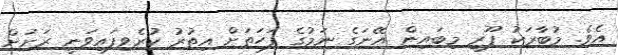
އެވެ. މުބާރަކު ޕޫރީ މިބައިން އޭނަގެ ނަމުގެ ފަހަތަށް އިތުރު ކުރެވިފައިވަނީ ރަށަށް